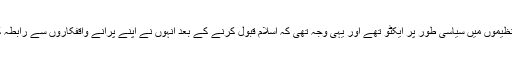
مسلمان ہونے سے پہلے ہیوبش صاحب بھی بہت سی تنظیموں میں سیاسی طور پر ایکٹو تھے اور یہی وجہ تھی کہ اسلام قبول کرنے کے بعد انہوں نے اپنے پرانے واقفکاروں سے رابطہ کرکے اُنہیں ایک کانفرنس میں شمولیت کی دعوت دی۔